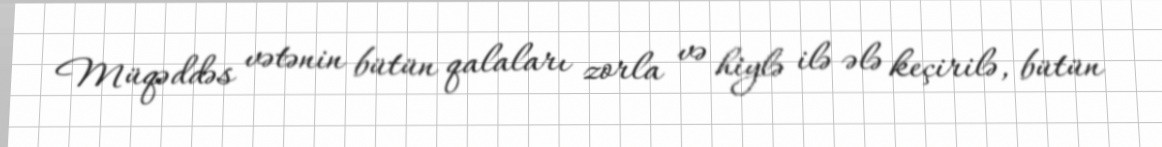
Müqəddəs vətənin bütün qalaları zorla və hiylə ilə ələ keçirilə, bütün